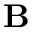
\bf { B }